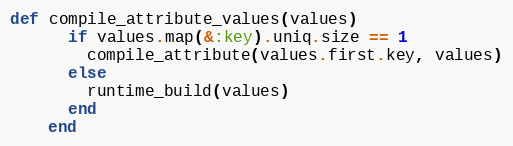
Language: Ruby
def compile_attribute_values(values)
      if values.map(&:key).uniq.size == 1
        compile_attribute(values.first.key, values)
      else
        runtime_build(values)
      end
    end